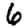
Digit: 6